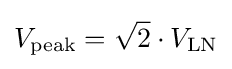
V_{\mathrm {peak} }={\sqrt {2}}\cdot V_{\mathrm {LN} }